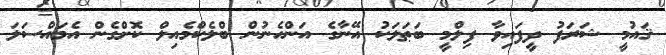
ޤައުމީ ޝަރަފު ދީފައިވާ ފިލްމީ ބަޠަލަކު އޭނާގެ އަންހެނުން ބްލެކްމެއިލް ކޮށްގެން އެމައްސަލަ